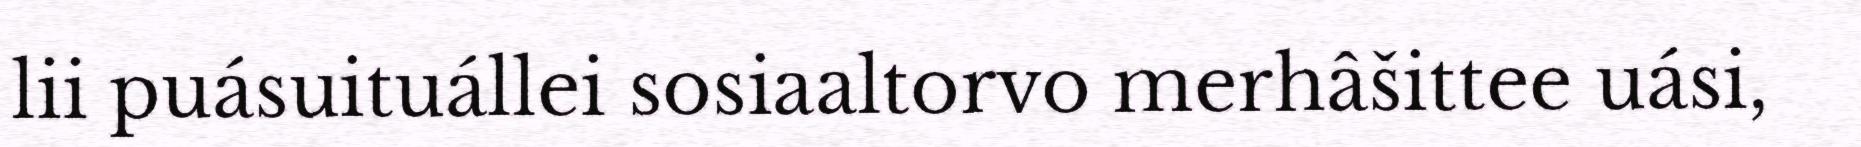
lii puásuituállei sosiaaltorvo merhâšittee uási,